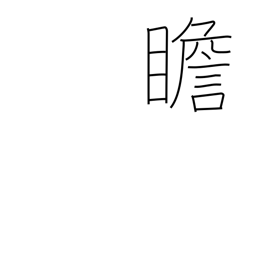
Meaning: look at